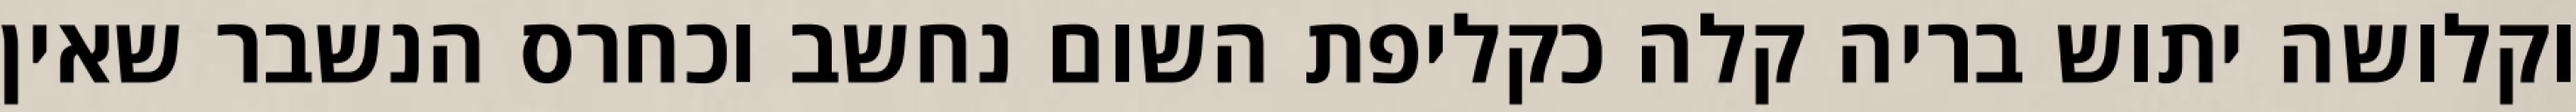
וקלושה יתוש בריה קלה כקליפת השום נחשב וכחרס הנשבר שאין